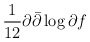
\begin{align*}\frac{1}{12} \partial \bar{\partial} \log \partial f\end{align*}